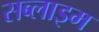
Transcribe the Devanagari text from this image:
सब्लाइम